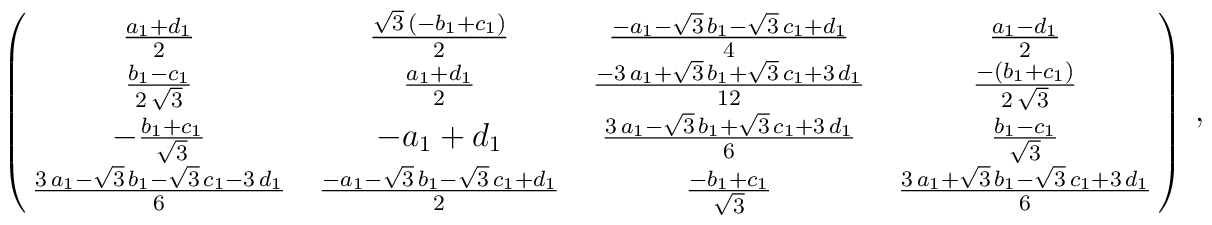
\left (\matrix{ {{{  a_1} + {  d_1}}\over 2} &  {{{\sqrt{3}}\,\left( -{  b_1} + {  c_1} \right) }\over 2} &  {{-{  a_1} - {\sqrt{3}}\,{  b_1} -      {\sqrt{3}}\,{  c_1} + {  d_1}}\over 4} &  {{{  a_1} - {  d_1}}\over 2} \cr  {{{  b_1} - {  c_1}}\over {2\,{\sqrt{3}}}} &  {{{  a_1} + {  d_1}}\over 2} &  {{-3\,{  a_1} + {\sqrt{3}}\,{  b_1} +      {\sqrt{3}}\,{  c_1} + 3\,{  d_1}}\over    {12}} & {{-\left( {  b_1} + {  c_1} \right)      }\over {2\,{\sqrt{3}}}} \cr  -{{{  b_1} + {  c_1}}\over {{\sqrt{3}}}} &  -{  a_1} + {  d_1} &  {{3\,{  a_1} - {\sqrt{3}}\,{  b_1} +      {\sqrt{3}}\,{  c_1} + 3\,{  d_1}}\over 6}   & {{{  b_1} - {  c_1}}\over {{\sqrt{3}}}}   \cr {{3\,{  a_1} - {\sqrt{3}}\,{  b_1} -      {\sqrt{3}}\,{  c_1} - 3\,{  d_1}}\over 6}   & {{-{  a_1} - {\sqrt{3}}\,{  b_1} -      {\sqrt{3}}\,{  c_1} + {  d_1}}\over 2} &  {{-{  b_1} + {  c_1}}\over {{\sqrt{3}}}} &  {{3\,{  a_1} + {\sqrt{3}}\,{  b_1} -      {\sqrt{3}}\,{  c_1} + 3\,{  d_1}}\over 6}   \cr  }  \right )~,